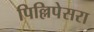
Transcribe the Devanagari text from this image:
पिल्लिपेसरा